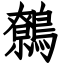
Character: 鷯